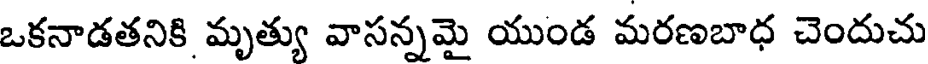
ఒకనాడతనికి మృత్యు వాసన్నమై యుండ మరణబాధ చెందుచు